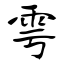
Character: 雩